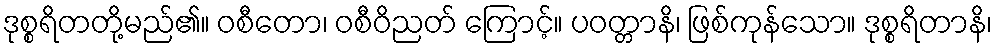
ဒုစ္စရိတတို့မည်၏။ ဝစီတော၊ ဝစီဝိညတ် ကြောင့်။ ပဝတ္တာနိ၊ ဖြစ်ကုန်သော။ ဒုစ္စရိတာနိ၊